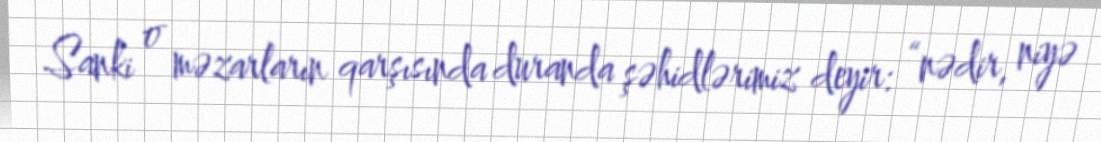
Sanki o məzarların qarşısında duranda şəhidlərimiz deyir: “nədir, niyə